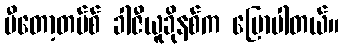
ဗီတော့တပ်စ် ခါဇီယူခိုနစ်က ပြောပါတယ်။